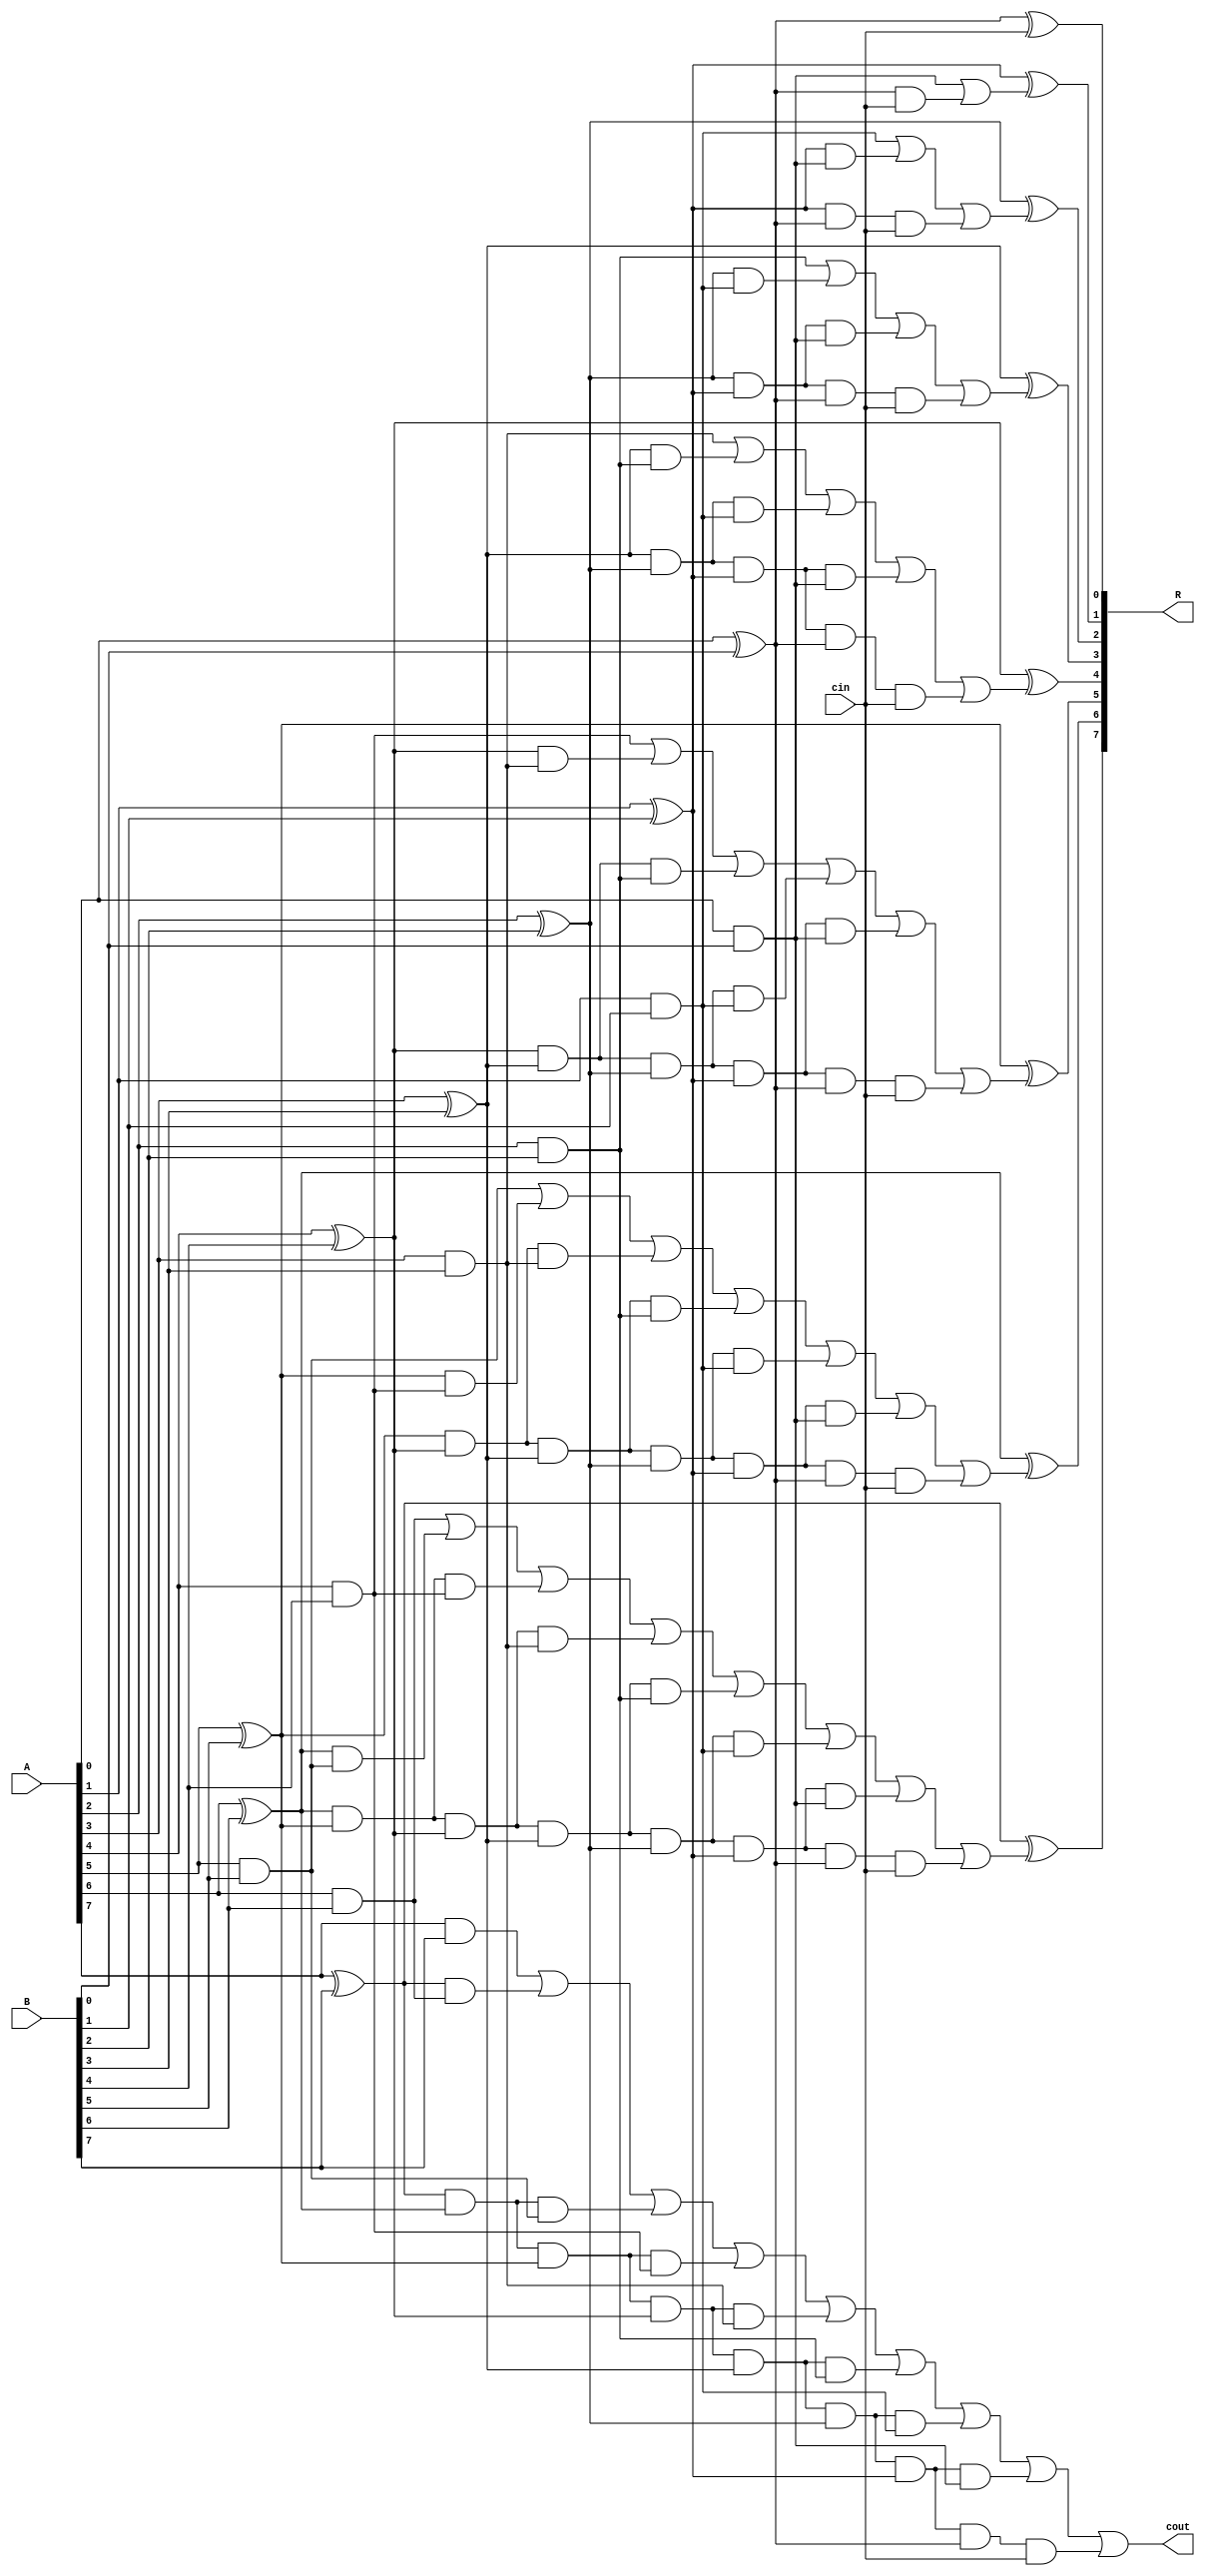
module carry_look_ahead_adder_cin_cout_8
(
input [7:0] A, B,
input cin,
output [7:0] R,
output cout
);
wire p0,  p1,  p2,  p3,  p4,  p5,  p6,  p7; 
wire g0,  g1,  g2,  g3,  g4,  g5,  g6,  g7; 
wire c0,  c1,  c2,  c3,  c4,  c5,  c6,  c7,  c8; 

assign p0 = A[0] ^ B[0];
assign p1 = A[1] ^ B[1];
assign p2 = A[2] ^ B[2];
assign p3 = A[3] ^ B[3];
assign p4 = A[4] ^ B[4];
assign p5 = A[5] ^ B[5];
assign p6 = A[6] ^ B[6];
assign p7 = A[7] ^ B[7];

assign g0 = A[0] & B[0];
assign g1 = A[1] & B[1];
assign g2 = A[2] & B[2];
assign g3 = A[3] & B[3];
assign g4 = A[4] & B[4];
assign g5 = A[5] & B[5];
assign g6 = A[6] & B[6];
assign g7 = A[7] & B[7];

assign c0 = cin;
assign c1 = g0 | (p0 & cin);
assign c2 = g1 | (p1 & g0) | (p1 & p0 & cin);
assign c3 = g2 | (p2 & g1) | (p2 & p1 & g0) | (p2 & p1 & p0 & cin);
assign c4 = g3 | (p3 & g2) | (p3 & p2 & g1) | (p3 & p2 & p1 & g0) | (p3 & p2 & p1 & p0 & cin);
assign c5 = g4 | (p4 & g3) | (p4 & p3 & g2) | (p4 & p3 & p2 & g1) | (p4 & p3 & p2 & p1 & g0) | (p4 & p3 & p2 & p1 & p0 & cin);
assign c6 = g5 | (p5 & g4) | (p5 & p4 & g3) | (p5 & p4 & p3 & g2) | (p5 & p4 & p3 & p2 & g1) | (p5 & p4 & p3 & p2 & p1 & g0) | (p5 & p4 & p3 & p2 & p1 & p0 & cin);
assign c7 = g6 | (p6 & g5) | (p6 & p5 & g4) | (p6 & p5 & p4 & g3) | (p6 & p5 & p4 & p3 & g2) | (p6 & p5 & p4 & p3 & p2 & g1) | (p6 & p5 & p4 & p3 & p2 & p1 & g0) | (p6 & p5 & p4 & p3 & p2 & p1 & p0 & cin);
assign c8 = g7 | (p7 & g6) | (p7 & p6 & g5) | (p7 & p6 & p5 & g4) | (p7 & p6 & p5 & p4 & g3) | (p7 & p6 & p5 & p4 & p3 & g2) | (p7 & p6 & p5 & p4 & p3 & p2 & g1) | (p7 & p6 & p5 & p4 & p3 & p2 & p1 & g0) | (p7 & p6 & p5 & p4 & p3 & p2 & p1 & p0 & cin);

assign R[0] = p0 ^ c0;
assign R[1] = p1 ^ c1;
assign R[2] = p2 ^ c2;
assign R[3] = p3 ^ c3;
assign R[4] = p4 ^ c4;
assign R[5] = p5 ^ c5;
assign R[6] = p6 ^ c6;
assign R[7] = p7 ^ c7;
assign cout = c8;

endmodule